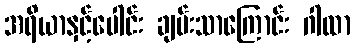
အရိယာနှင့်ပေါင်း ချမ်းသာကြောင်း ဂါထာ